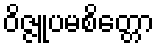
ဝိဇ္ဇူပမစိတ္တော